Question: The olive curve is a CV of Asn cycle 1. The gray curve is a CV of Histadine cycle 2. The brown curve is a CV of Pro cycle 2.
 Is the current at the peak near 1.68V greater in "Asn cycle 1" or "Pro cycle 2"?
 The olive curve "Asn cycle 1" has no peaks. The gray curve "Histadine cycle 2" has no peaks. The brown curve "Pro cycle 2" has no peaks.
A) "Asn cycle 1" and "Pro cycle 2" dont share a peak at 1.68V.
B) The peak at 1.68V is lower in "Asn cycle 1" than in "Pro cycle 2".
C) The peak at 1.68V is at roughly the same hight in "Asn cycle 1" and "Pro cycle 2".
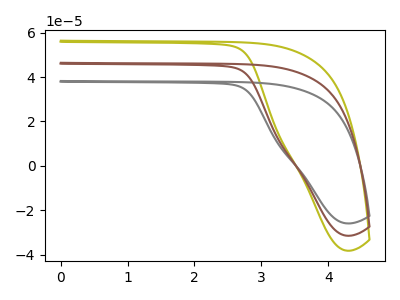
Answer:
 <answer>A) "Asn cycle 1" and "Pro cycle 2" dont share a peak at 1.68V.</answer>
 <eval>A</eval>